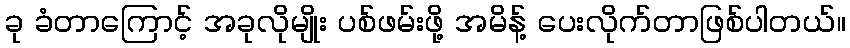
ခု ခံတာကြောင့် အခုလိုမျိုး ပစ်ဖမ်းဖို့ အမိန့် ပေးလိုက်တာဖြစ်ပါတယ်။